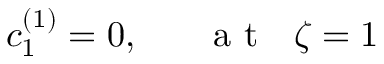
c _ { 1 } ^ { ( 1 ) } = 0 , ~ ~ ~ ~ ~ \mathrm { ~ a ~ t ~ } ~ ~ \zeta = 1